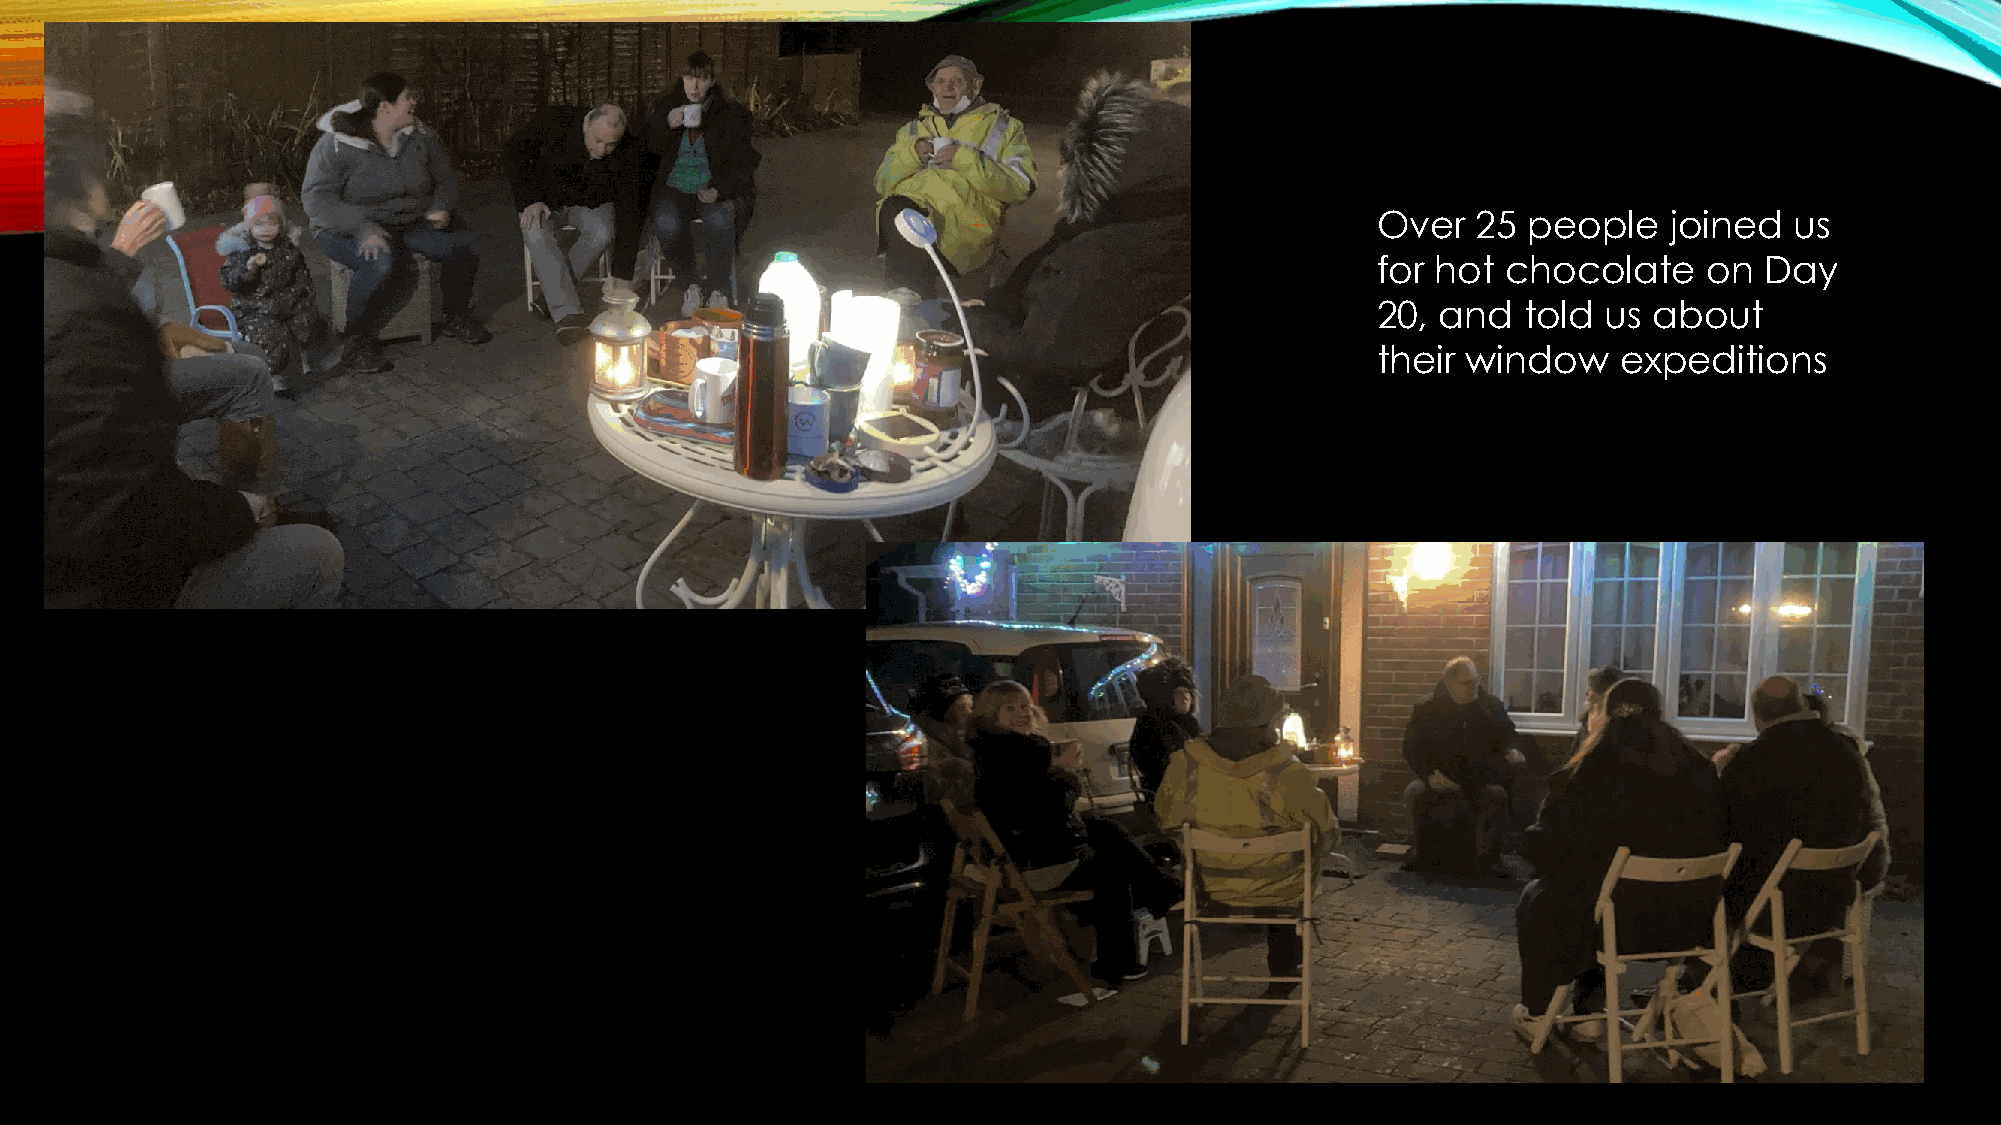
Over   25 people    joined  us
 for hot  chocolate    on  Day
 20, and   told us about
 their window    expeditions